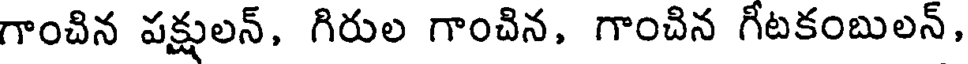
గాంచిన పక్షులన్, గిరుల గాంచిన, గాంచిన గీటకంబులన్,